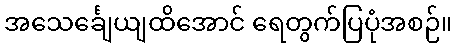
အသေင်္ချေယျထိအောင် ရေတွက်ပြပုံအစဉ်။